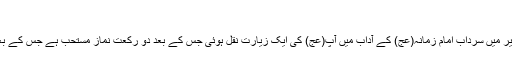
[2]
ابن المشہدی کی کتاب المزار الکبیر میں سردابِ امام زمانہ(عج) کے آداب میں آپ(عج) کی ایک زیارت نقل ہوئی جس کے بعد دو رکعت نماز مستحب ہے جس کے بعد اس دعا کی قرائت مذکور ہے۔